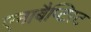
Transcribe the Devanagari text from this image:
एनाबैप्टिस्ट